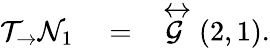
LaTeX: \begin{array}{rlr}{\mathcal{T}_{\rightarrow}\mathcal{N}_{1}}&{{}=}&{\stackrel{\leftrightarrow}{\mathcal{G}}(2,1).}\end{array}